Report on lock hospitals in British Burma
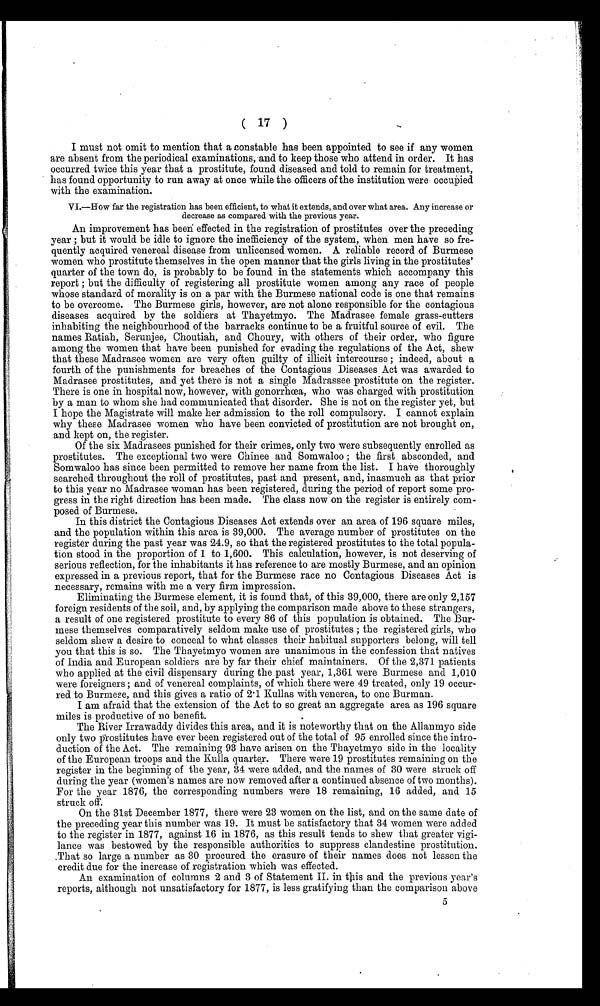
( 17 )
I must not omit to mention that a constable has been appointed to see if any women
are absent from the periodical examinations, and to keep those who attend in order. It has
occurred twice this year that a prostitute, found diseased and told to remain for treatment,
has found opportunity to run away at once while the officers of the institution were occupied
with the examination.
VI.—How far the registration has been efficient, to what it extends, and over what area. Any increase or
decrease as compared with the previous year.
An improvement has been effected in the registration of prostitutes over the preceding
year ; but it would be idle to ignore the inefficiency of the system, when men have so fre
quently acquired venereal disease from unlicensed women. A reliable record of Burmese.
women who prostitute themselves in the open manner that the girls living in the prostitutes'
quarter of the town do, is probably to be found in the statements which accompany this
report ; but the difficulty of registering all prostitute women among any race of people
whose standard. of morality is on a par with the Burmese national code is one that remains
to be overcome. The Burmese girls, however, are not alone responsible for the contagious
diseases acquired by the soldiers at Thayetmyo. The Madrasee female grass-cutters
inhabiting the neighbourhood of the barracks continue to be a fruitful source of evil. The
names Ratiah, Serunjee, Choutiah, and Choury, with others of their order, who figure
among the women that have been punished for evading the regulations of the Act, shew
that these Madrasee women are very often guilty of illicit intercourse ; indeed, about a
fourth of the punishments for breaches of the Contagious Diseases Act was awarded to
Madrasee prostitutes, and yet there is not a single Madrassee prostitute on the register.
There is one in hospital now, however, with gonorrhoea, who was charged with prostitution
by a man to whom she had communicated that disorder. She is not on the register yet, but
I hope the Magistrate will make her admission to the roll compulsory. I cannot explain
why these Madrasee women who have been convicted of prostitution are not brought on,
and kept on, the register.
Of the six Madrasees punished for their crimes, only two were subsequently enrolled as
prostitutes. The exceptional two were Chinee and Somwaloo ; the first absconded, and
Somwaloo has since been permitted to remove her name from the list. I have thoroughly
searched throughout the roll of prostitutes, past and present, and, inasmuch as that prior
to this year no Madrasee woman has been registered, during the period of report some pro-
gress in the right direction has been made. The class now on the register is entirely com-
posed of Burmese.
In this district the Contagious Diseases Act extends over an area of 196 square miles,
and the population within this area is 39,000. The average number of prostitutes on the
register during the past year was 24.9, so that the registered prostitutes to the total popula-
tion stood in the proportion of 1 to 1,600. This calculation, however, is not deserving of
serious reflection, for the inhabitants it has reference to are mostly Burmese, and an opinion
expressed in a previous report, that for the Burmese race no Contagious Diseases Act is
necessary, remains with me a very firm impression.
Eliminating the Burmese element, it is found that, of this 39,000, there are only 2,157
foreign residents of the soil, and, by applying the comparison made above to these strangers,
a result of one registered prostitute to every 86 of this population is obtained. The Bur
mese themselves comparatively seldom make use of prostitutes ; the registered girls, who
seldom shew a desire to conceal to what classes their habitual supporters belong, will tell
you that this is so. The Thayetmyo women are unanimous in the confession that natives
of India and European soldiers are by far their chief maintainers. Of the 2,371 patients
who applied at the civil dispensary during the past year, 1,361 were Burmese and 1,010
were foreigners ; and of venereal complaints, of which there were 49 treated, only 19 occur-
red to Burmese, and this gives a ratio of 2 . 1 Kullas with venerea, to one Burman.
I am afraid that the extension of the Act to so great an aggregate area as 196 square
miles is productive of no benefit.
The River Irrawaddy divides this area, and it is noteworthy that on the Allanmyo side
only two prostitutes have ever been registered out of the total of 95 enrolled since the intro-
duction of the Act. The remaining 93 have arisen on the Thayetmyo side in the locality
of the European troops and the Kulla quarter. There were 19 prostitutes remaining on the
register in the beginning of the year, 34 were added, and the names of 30 were struck off
during the year (women's names are now removed after a continued absence of two months).
For the year 1876, the corresponding numbers were 18 remaining, 16 added, and 15
struck off.
On the 31st December 1877, there were 23 women on the list, and on the same date of
the preceding year this number was 19. It must be satisfactory that 34 women were added
to the register in 1877, against 16 in 1876, as this result tends to shew that greater vigi-
lance was bestowed by the responsible authorities to suppress clandestine prostitution.
That so large a number as 30 procured the erasure of their names does not lessen the
credit due for the increase of registration which was effected.
An examination of columns 2 and 3 of Statement II. in this and the previous year's
reports, although not unsatisfactory for 1877, is less gratifying than the comparison above
5